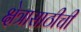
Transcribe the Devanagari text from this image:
क्षेत्रासाठीची